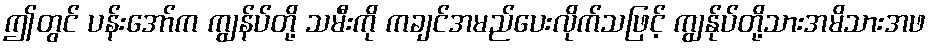
ဤတွင် ပန်းအော်က ကျွန်ပ်တို့ သမီးကို ကချင်အမည်ပေးလိုက်သဖြင့် ကျွန်ုပ်တို့သားအမိသားအဖ